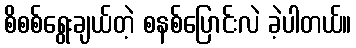
စိစစ်ရွေးချယ်တဲ့ စနစ်ပြောင်းလဲ ခဲ့ပါတယ်။